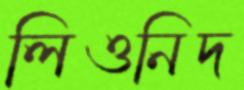
লিওনিদ